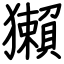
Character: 獺